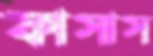
ফাসাস